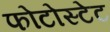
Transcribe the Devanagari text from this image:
फोटोस्टेट